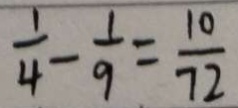
\frac { 1 } { 4 } - \frac { 1 } { 9 } = \frac { 1 0 } { 7 2 }